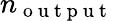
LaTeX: n_{\mathrm{~o~u~t~p~u~t~}}